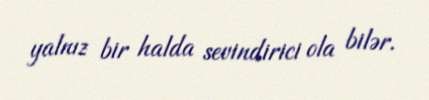
yalnız bir halda sevindirici ola bilər.